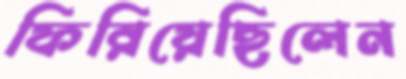
ফিরিয়েছিলেন